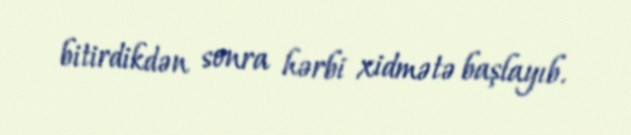
bitirdikdən sonra hərbi xidmətə başlayıb.